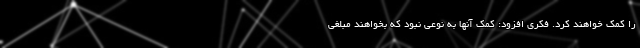
را کمک خواهند کرد. فکری افزود: کمک آنها به نوعی نبود که بخواهند مبلغی